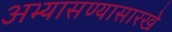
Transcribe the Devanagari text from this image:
अभ्यासण्यासारखे